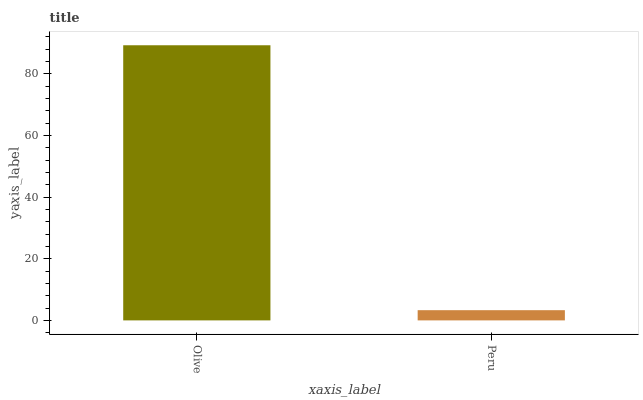
| xaxis_label | bars |
 | --- | --- |
 | Olive | 89.3 |
 | Peru | 3.31 |